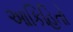
આકિહિતો